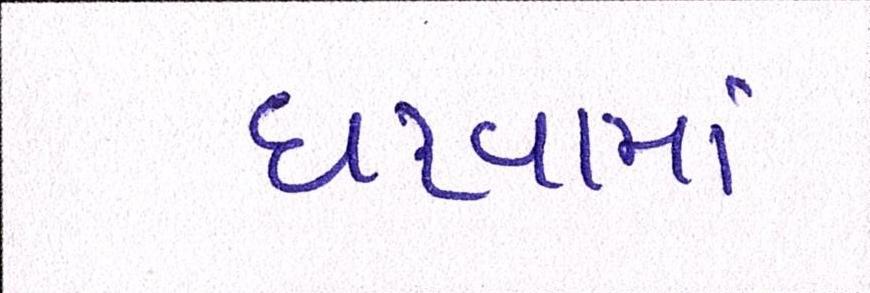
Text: ધરવામાં